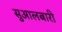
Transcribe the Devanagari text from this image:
सुआलबारी